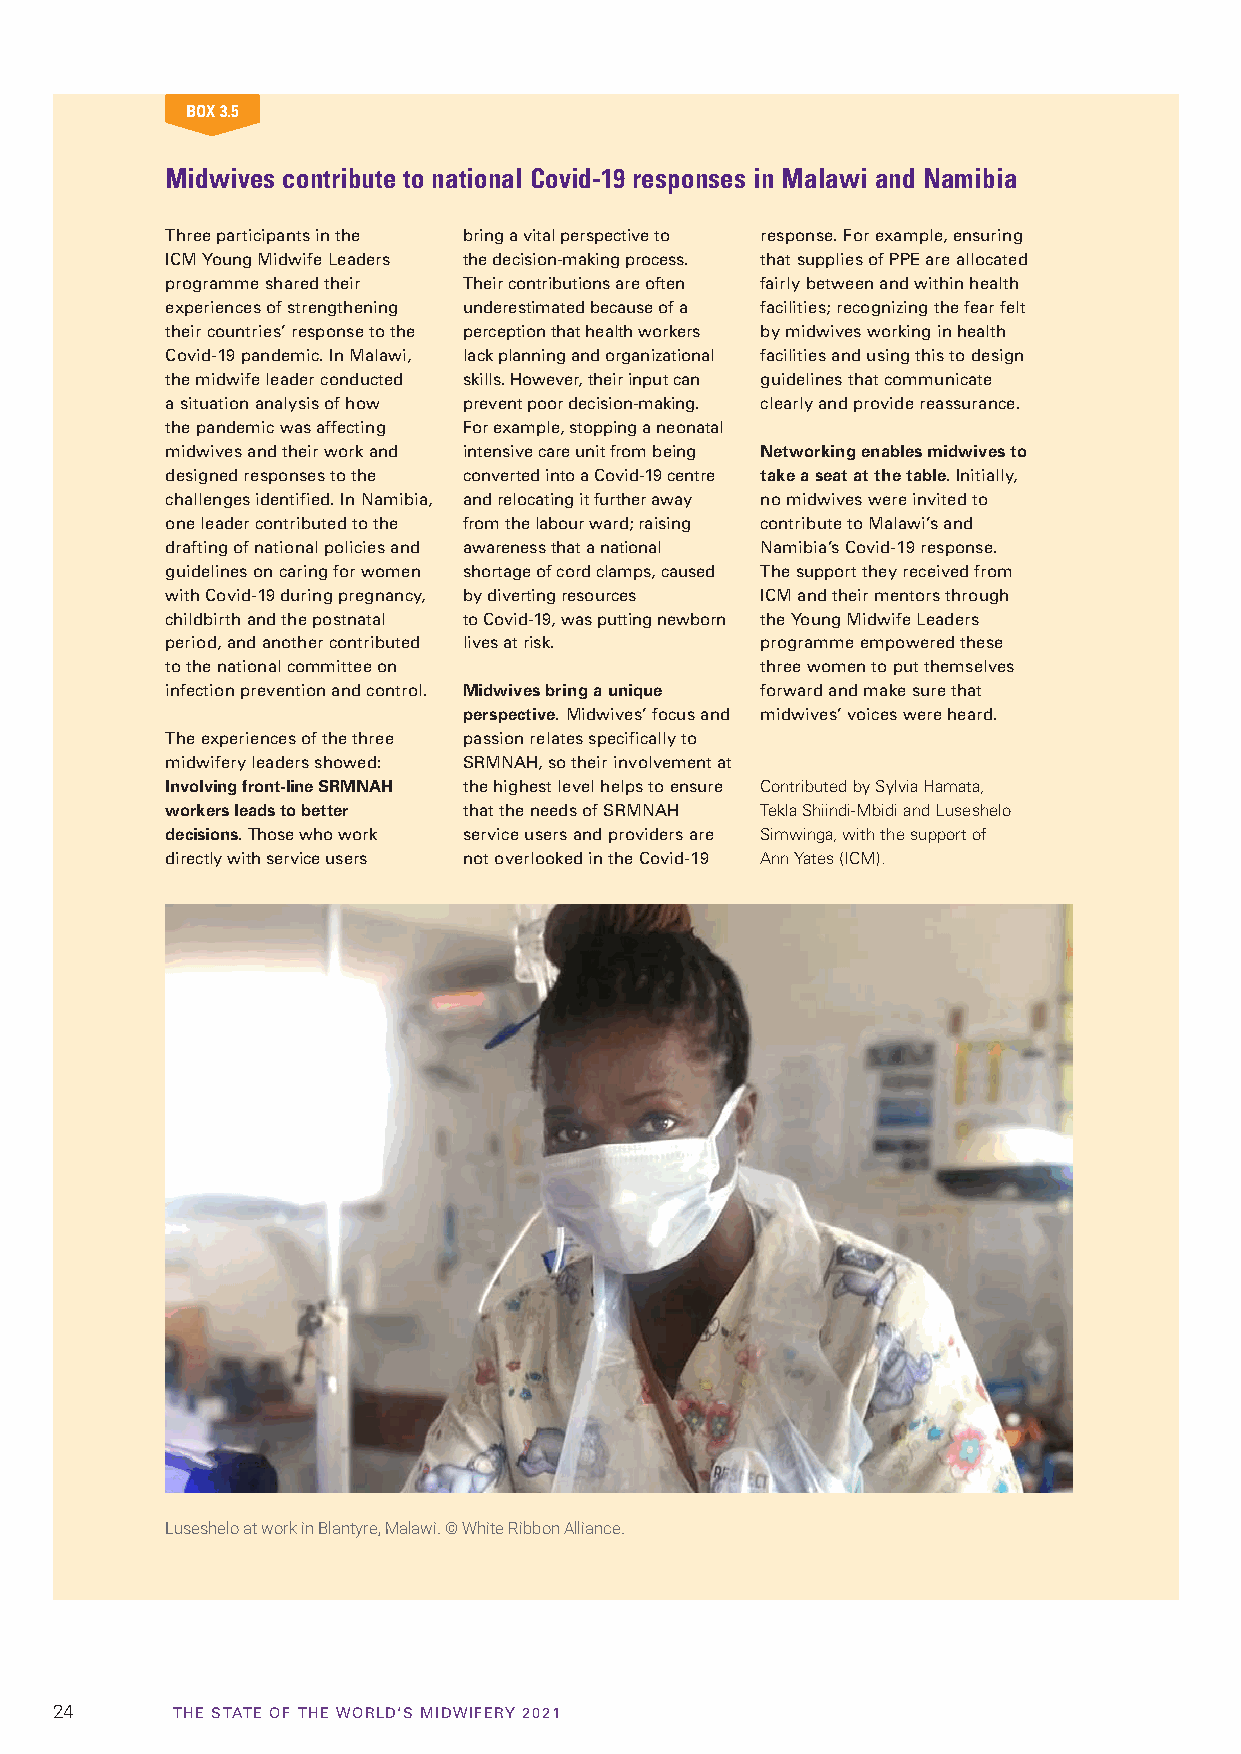
BOX 3.5
 Midwives contribute to national Covid-19 responses in Malawi and Namibia
 Three participants in the bring a vital perspective to response. For example, ensuring
 ICM Young Midwife Leaders the decision-making process. that supplies of PPE are allocated
 programme shared their Their contributions are often fairly between and within health
 experiences of strengthening underestimated because of a facilities; recognizing the fear felt
 their countries’ response to the perception that health workers by midwives working in health
 Covid-19 pandemic. In Malawi, lack planning and organizational facilities and using this to design
 the midwife leader conducted skills. However, their input can guidelines that communicate
 a situation analysis of how prevent poor decision-making. clearly and provide reassurance.
 the pandemic was affecting For example, stopping a neonatal
 midwives and their work and intensive care unit from being Networking enables midwives to
 designed responses to the converted into a Covid-19 centre take a seat at the table. Initially,
 challenges identified. In Namibia, and relocating it further away no midwives were invited to
 one leader contributed to the from the labour ward; raising contribute to Malawi’s and
 drafting of national policies and awareness that a national Namibia’s Covid-19 response.
 guidelines on caring for women shortage of cord clamps, caused The support they received from
 with Covid-19 during pregnancy, by diverting resources ICM and their mentors through
 childbirth and the postnatal to Covid-19, was putting newborn the Young Midwife Leaders
 period, and another contributed lives at risk. programme empowered these
 to the national committee on           three women to put themselves
 infection prevention and control. Midwives bring a unique forward and make sure that
 perspective. Midwives’ focus and midwives’ voices were heard.
 The experiences of the three passion relates specifically to
 midwifery leaders showed: SRMNAH, so their involvement at
 Involving front-line SRMNAH the highest level helps to ensure Contributed by Sylvia Hamata,
 workers leads to better that the needs of SRMNAH Tekla Shiindi-Mbidi and Luseshelo
 decisions. Those who work service users and providers are Simwinga, with the support of
 directly with service users not overlooked in the Covid-19 Ann Yates (ICM).
 Luseshelo at work in Blantyre, Malawi. © White Ribbon Alliance.
 24      TTHHEE SSTTAATTEE OOFF TTHHEE WWOORRLLDD‘‘SS MMIIDDWWIIFFEERRYY 22002211